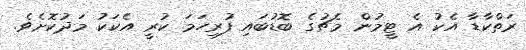
ރަތްކާޑާ އެކު އެ ޓީމުން މެޗުގެ ބޮޑުބައި ފުރިހަމަ ކުރީ އެކަކު މަދުކޮށެވެ.